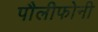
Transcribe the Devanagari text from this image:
पौलीफोनी